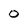
Character: 0